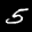
Label: 5